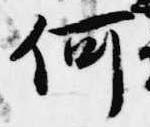
何